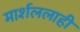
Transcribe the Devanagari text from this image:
मार्शललाही